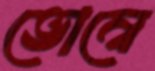
ভোম্বে